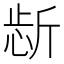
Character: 𱡫